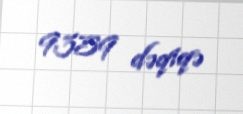
9359 dəqiqə